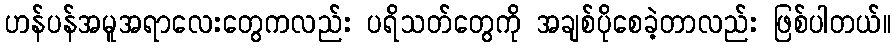
ဟန်ပန်အမူအရာလေးတွေကလည်း ပရိသတ်တွေကို အချစ်ပိုစေခဲ့တာလည်း ဖြစ်ပါတယ်။